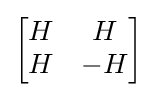
{\begin{bmatrix}H&H\\H&-H\end{bmatrix}}